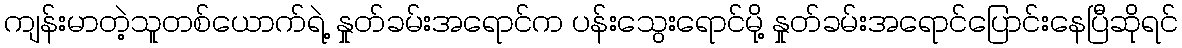
ကျန်းမာတဲ့သူတစ်ယောက်ရဲ့ နှုတ်ခမ်းအရောင်က ပန်းသွေးရောင်မို့ နှုတ်ခမ်းအရောင်ပြောင်းနေပြီဆိုရင်